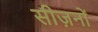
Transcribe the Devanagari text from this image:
सीज़नोंं